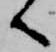
へ